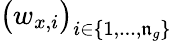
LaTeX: \big(w_{x,i}\big)_{i\in\{ 1,...,\mathfrak{n}_{g}\} }